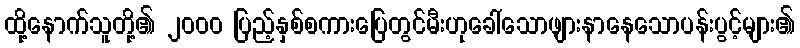
ထို့နောက်သူတို့၏ ၂၀၀၀ ပြည့်နှစ်စကားပြေတွင်မီးဟုခေါ်သောဖျားနာနေသောပန်းပွင့်များ၏